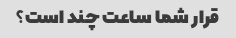
قرار شما ساعت چند است؟